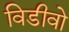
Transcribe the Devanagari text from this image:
विडीवो